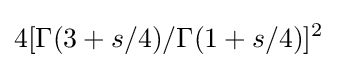
4[\Gamma (3+s/4)/\Gamma (1+s/4)]^{2}